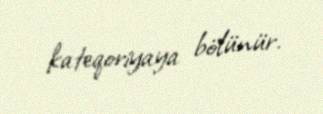
kateqoriyaya bölünür.